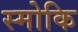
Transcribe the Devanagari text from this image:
स्मोकि